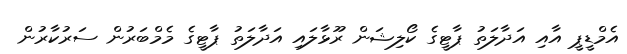
އެމްޑީޕީ އާއި އަދާލަތު ޕާޓީގެ ކޯލިޝަން ރޫޅާލައި އަދާލަތު ޕާޓީގެ މެމްބަރުން ސަރުކާރުން